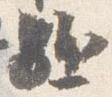
駈